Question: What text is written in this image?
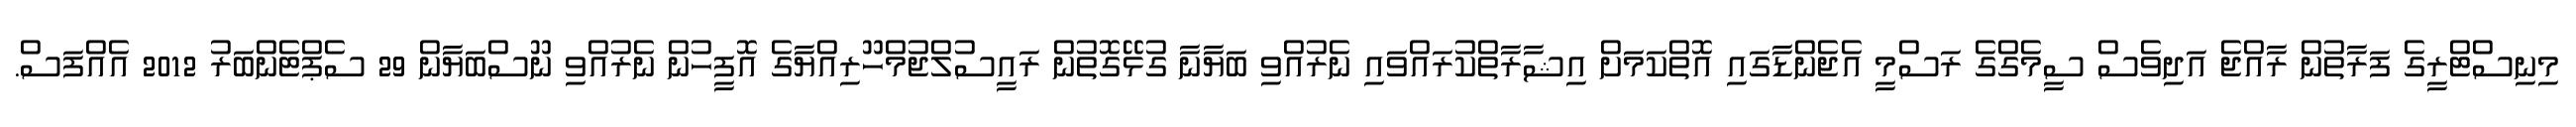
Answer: މިނިސްޓްރީގެ ފަރާތުން ރާއްޖެ އަދިވެސް ސީމެގްގެ ރަސްމީ އެޖެންޑާގައި އޮތްކަމަށް އިޝާރާތްކުރައްވައި ނެރުއްވި ބަޔާނާ ގުޅޭގޮތުން ރައީސުލްޖުމްހޫރިއްޔާގެ އޮފީހުން ނެރުއްވި ނޫސްބަޔާން 29 ސެޕްޓެންބަރު 2012 އެއްފަސް.